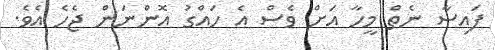
ފައިސާ ނެތް މީހާ އަށް ވެސް އެ ހައްގު އޮންނަން ޖެހެ އެވެ.